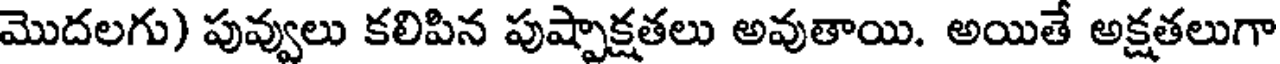
మొదలగు) పువ్వులు కలిపిన పుష్పాక్షతలు అవుతాయి. అయితే అక్షతలుగా